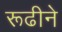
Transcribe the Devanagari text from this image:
रूढीने